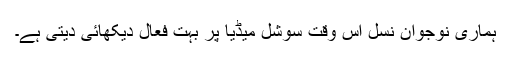
ہماری نوجوان نسل اس وقت سوشل میڈیا پر بہت فعال دیکھائی دیتی ہے۔